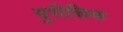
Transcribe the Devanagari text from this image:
युरीसिच